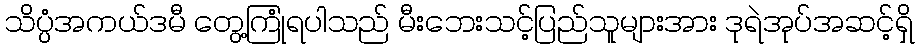
သိပ္ပံအကယ်ဒမီ တွေ့ကြုံရပါသည် မီးဘေးသင့်ပြည်သူများအား ဒုရဲအုပ်အဆင့်ရှိ